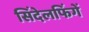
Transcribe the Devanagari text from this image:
सिंदेलफिंगें